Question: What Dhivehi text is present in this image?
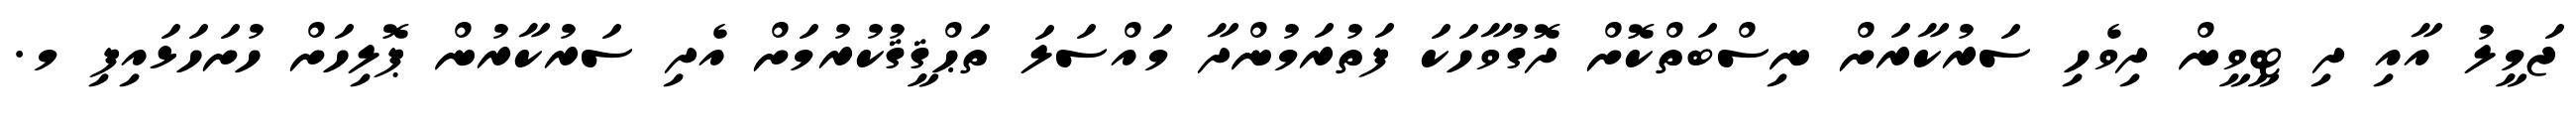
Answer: ޖަމީލު އާއި ދި ޓީވީން ދިވެހި ސަރުކާރަށް ނިސްބަތްކޮށް ދޮގުވާހަކަ ފަތުރަމުންދާ މައްސަލަ ތަޙްޤީޤުކުރުމަށް އެދި ސަރުކާރުން ޕޮލިހަށް ހުށަހަޅައިފި މ.